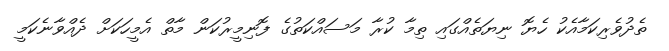
ތެދުވެރިކަމާއެކު ހެޔޮ ނިޔަތެއްގައި ތިމާ ކުރާ މަސައްކަތުގެ ފޮނިމީރުކަން މާތް އެމީހަކަށް ދެއްވާނެކަމީ